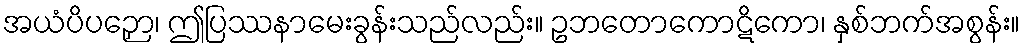
အယံပိပဉှော၊ ဤပြဿနာမေးခွန်းသည်လည်း။ ဥဘတောကောဋိကော၊ နှစ်ဘက်အစွန်း။